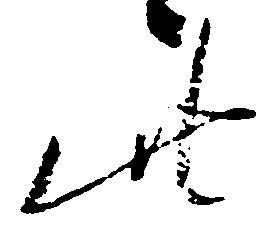
此